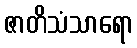
ဇာတိသံသာရော